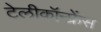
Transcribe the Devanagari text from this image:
टेलीकॉन्फ्रेंस